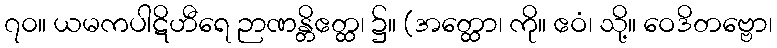
၇၀။ ယမကပါဋိဟီရေ ဉာဏန္တိဧတ္ထ၊ ၌။ (အတ္ထော၊ ကို။ ဧဝံ၊ သို့။ ဝေဒိတဗ္ဗော၊